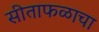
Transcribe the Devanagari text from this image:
सीताफळाचा